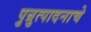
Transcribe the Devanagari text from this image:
पुन्रुत्पादनाचे